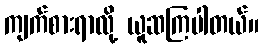
ကျက်စားရာလို့ ယူဆကြပါတယ်။